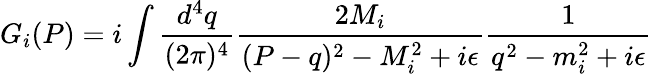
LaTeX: G_{i}(P)=i\int\frac{d^{4}q}{(2\pi)^{4}}\frac{2M_{i}}{(P-q)^{2}-M_{i}^{2}+i\epsilon}\frac{1}{q^{2}-m_{i}^{2}+i\epsilon}